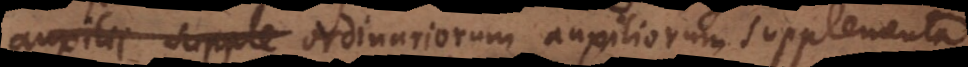
auxilii supple ordinariorum auxiliorum supplementa